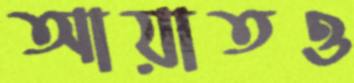
আয়াতও